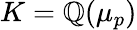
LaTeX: K=\mathbb{Q}(\mu_{p})